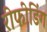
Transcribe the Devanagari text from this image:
रीफीडिंग